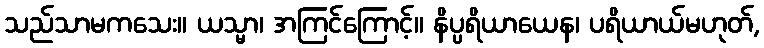
သည်သာမကသေး။ ယသ္မာ၊ အကြင်ကြောင့်။ နိပ္ပရိယာယေန၊ ပရိယာယ်မဟုတ်,